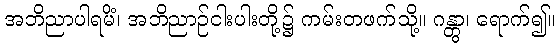
အဘိညာပါရမိံ၊ အဘိညာဉ်ငါးပါးတို့၌ ကမ်းတဖက်သို့။ ဂန္တွာ၊ ရောက်၍။